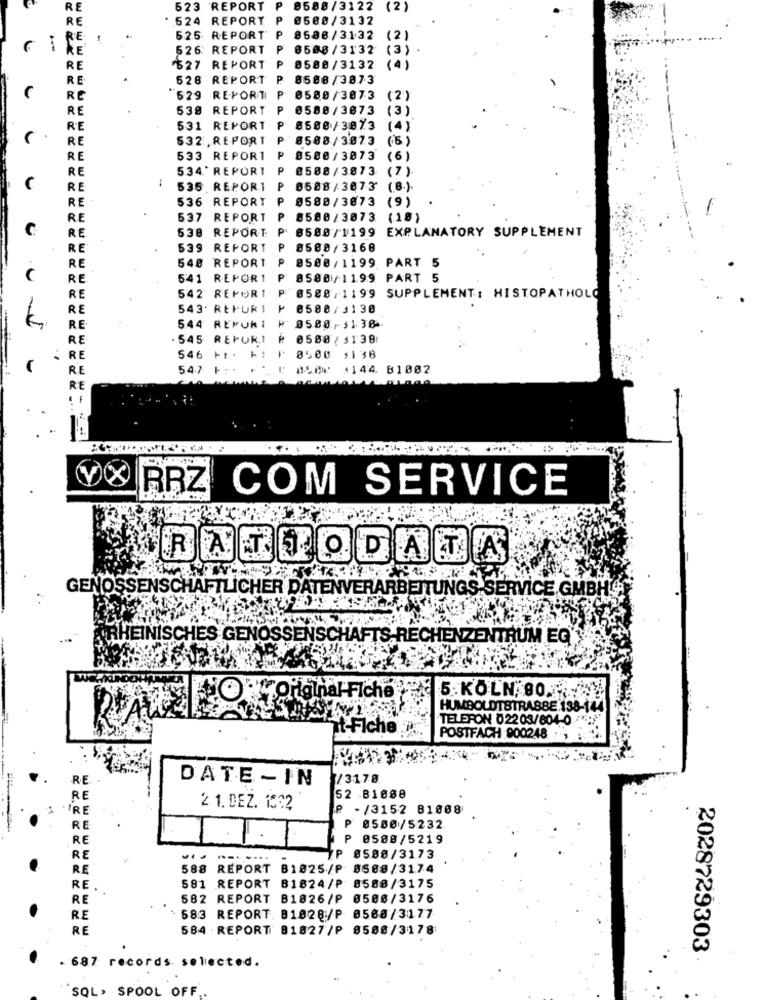
RE
523 REPORT
8588 /3122
RE
624 REPORT
8508/3132
RE :
526 REPORT
8586/3132
(2
526: REPORT
6508 /3132
RE
527 REPORT
0580/3132
RE
526 REPORT
P.
8508/3873
P.
RE
529 REPORT
0580/3073
(2
RE
538 REPORT
₱ 0580/3073
( 3 )
RE
531 REPORT
8500/3873
(4)
RE
532 REPORT
8588/3873
(5)
RE
533 REPORT
8580/3073
(6)
RE
534' REPORT
8588/3873
(7)
RE
536 , REPORT
8588/3073
(8.)
RE
536 REPORT
P
0580/3073 (9)
(9)
R.E
537
REPORT
P
8500/3873
(18
C
538 REPORT
0580/1199 EXPLANATORY SUPPLEMENT
RE
RE
539
REPORT
P
8500/3168
RE
548
REPORT
8500/1199 PART 5
(
RE
541 REPORT
P
8500 /1199 PART 5
542 REPORT
RE
0500/1199 SUPPLEMENT : HISTOPATHOLO
RE
543. REFURI
₱ 0500/3130
k
RE
544 REPURI
05.00/31. 38
RE
. 545 REFUR.I
0500/5138
RE
546 +1. K:
0500
$138
RE
547 F :
1144. B1002
RE
RRZ COM SERVICE
ODATA
GENOSSENSCHAFTLICHER DATENVERARBEITUNGS SERVICE GMBH'S
RHEINISCHES GENOSSENSCHAFTS RECHENZENTRUM.EG
5. KÖLN, 80 .-
Original-Fiche
HUMBOLDTSTRABBE:198-144
TELEFON 02203/604-0
at-Fiche
POSTFACH 900248 .
RE
DATE -IN
/3178
RE
52 -B1088
A "RE
2 1. DEZ. 1302
P - /3152 81068
P
RE
8.580/5232
RE
P
0508/5219
7P
RE
0508/3173
RE
588
REPORT B1825/P
0508/3174
581
81824/₱ 8586/3175
RE .
REPORT
RE
582
REPORT
B1826/P
0508/3176
RE
583 REPORT. B1828:/P 0568/3177
RE
584 REPORT 81827/P 8588/3178
2028729303
. 687 records selected.
SQL, SPOOL OFF ..